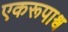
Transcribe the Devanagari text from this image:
एकरूपाश्व